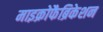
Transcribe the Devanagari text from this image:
माइक्रोफैब्रिकेशन